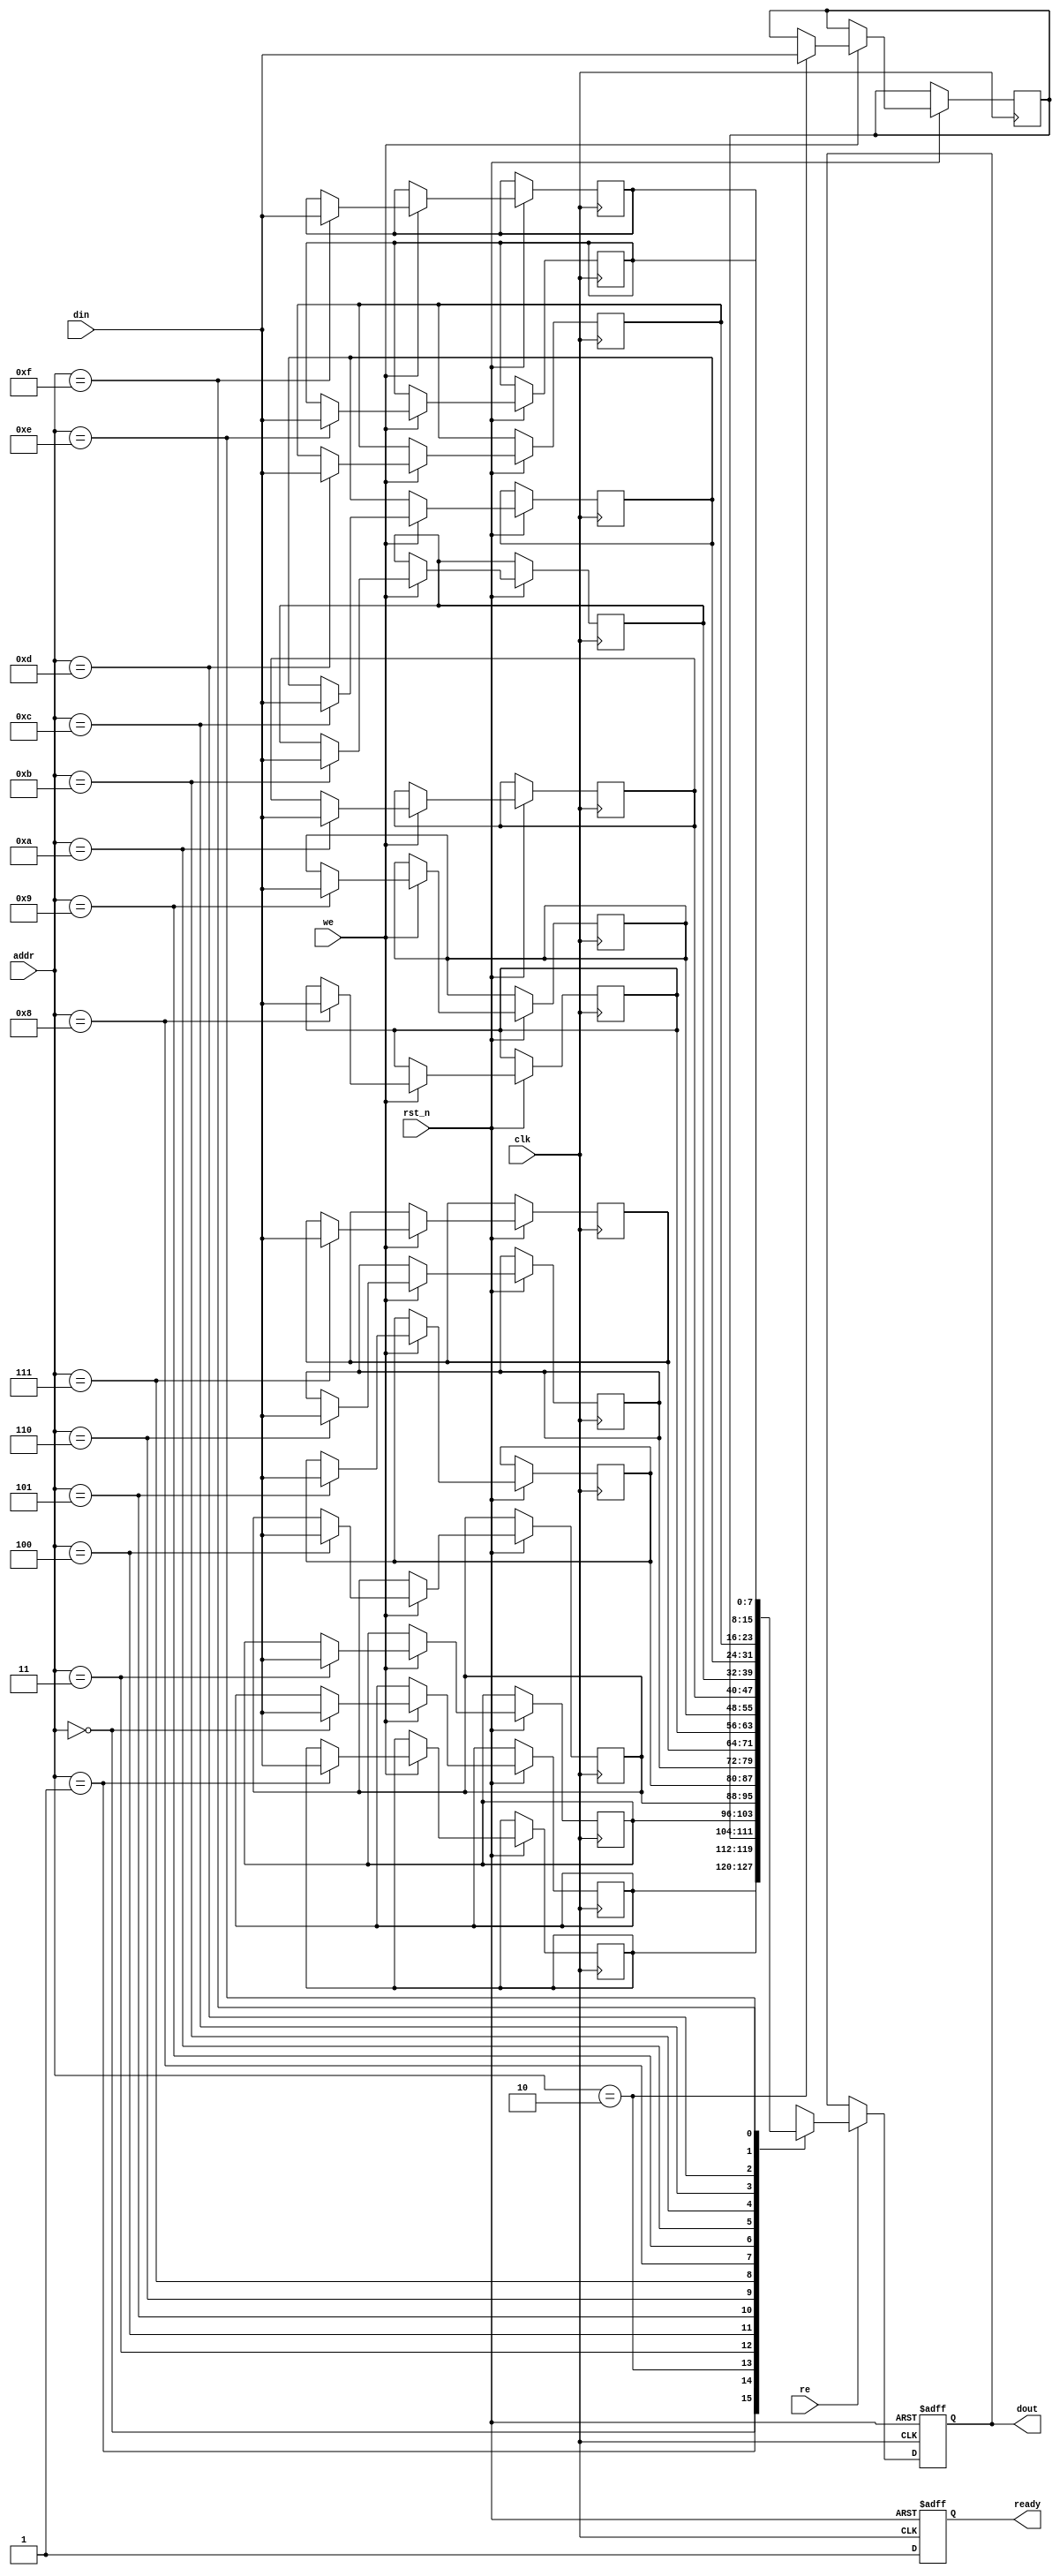
module low_power_sram #(
    parameter DATA_WIDTH = 8,    // Configurable data width
    parameter ADDR_WIDTH = 4,     // Address width (for 16x8 SRAM)
    parameter MEM_DEPTH = 16       // Number of memory locations
)(
    input wire clk,                // Clock signal
    input wire rst_n,              // Active low reset
    input wire [ADDR_WIDTH-1:0] addr, // Address input
    input wire [DATA_WIDTH-1:0] din,   // Data input
    input wire we,                 // Write enable
    input wire re,                 // Read enable
    output reg [DATA_WIDTH-1:0] dout, // Data output
    output reg ready               // Ready signal for I/O operations
);

    // Memory array (16 x 8 bits)
    reg [DATA_WIDTH-1:0] mem [0:MEM_DEPTH-1];

    // Address decoder (simple direct mapping)
    wire [MEM_DEPTH-1:0] word_line;
    assign word_line = 1 << addr;

    // Control logic for read and write operations
    always @(posedge clk or negedge rst_n) begin
        if (!rst_n) begin
            dout <= 0;
            ready <= 0;
        end else begin
            ready <= 1; // Indicate that the SRAM is ready for operation
            
            if (we) begin
                // Write operation
                mem[addr] <= din;
            end
            
            if (re) begin
                // Read operation
                dout <= mem[addr];
            end
        end
    end

    // Power management (simplified)
    always @(posedge clk or negedge rst_n) begin
        if (!rst_n) begin
            // Initialize power states
            // Additional power management logic can be added here
        end else begin
            // Implement low-power states and transitions
            // For example, entering sleep mode when not in use
        end
    end

endmodule